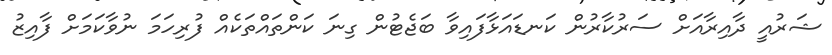
ޝަރުއީ ދާއިރާއަށް ސަރުކާރުން ކަނޑައަޅާފައިވާ ބަޖެޓުން ގިނަ ކަންތައްތަކެއް ފުރިހަމަ ނުވާކަމަށް ފާއިޒު